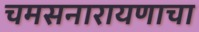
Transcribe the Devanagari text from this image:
चमसनारायणाचा